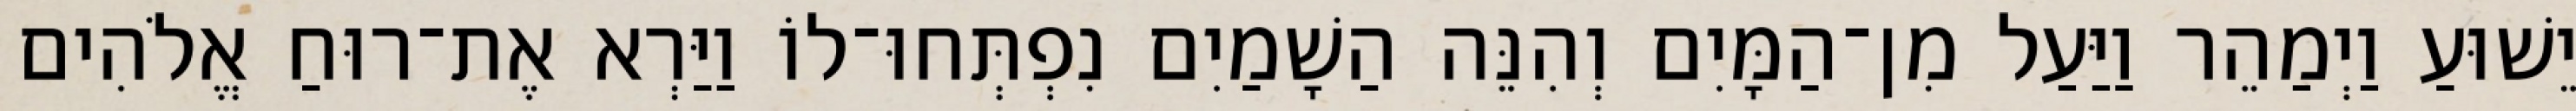
יֵשׁוּעַ וַיְמַהֵר וַיַּעַל מִן־הַמָּיִם וְהִנֵּה הַשָׁמַיִם נִפְתְּחוּ־לוֹ וַיַּרְא אֶת־רוּחַ אֱלֹהִים